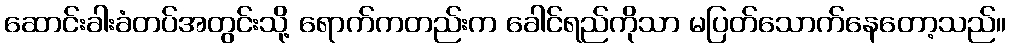
ဆောင်းခါးခံတပ်အတွင်းသို့ ရောက်ကတည်းက ခေါင်ရည်ကိုသာ မပြတ်သောက်နေတော့သည်။